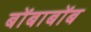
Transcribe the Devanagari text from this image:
बोंबाबोंब